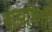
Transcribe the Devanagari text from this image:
बार्झाग्ली